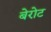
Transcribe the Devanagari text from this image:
बेरोट